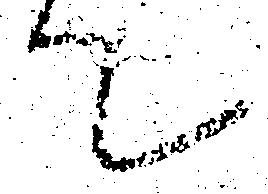
て